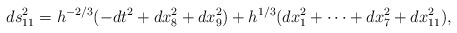
\begin{align*}ds^2_{11} = h^{-2/3} (-dt^2+dx_8^2+dx_9^2) +h^{1/3} (dx_1^2 + \cdots + dx_7^2+dx_{11}^2) ,\end{align*}